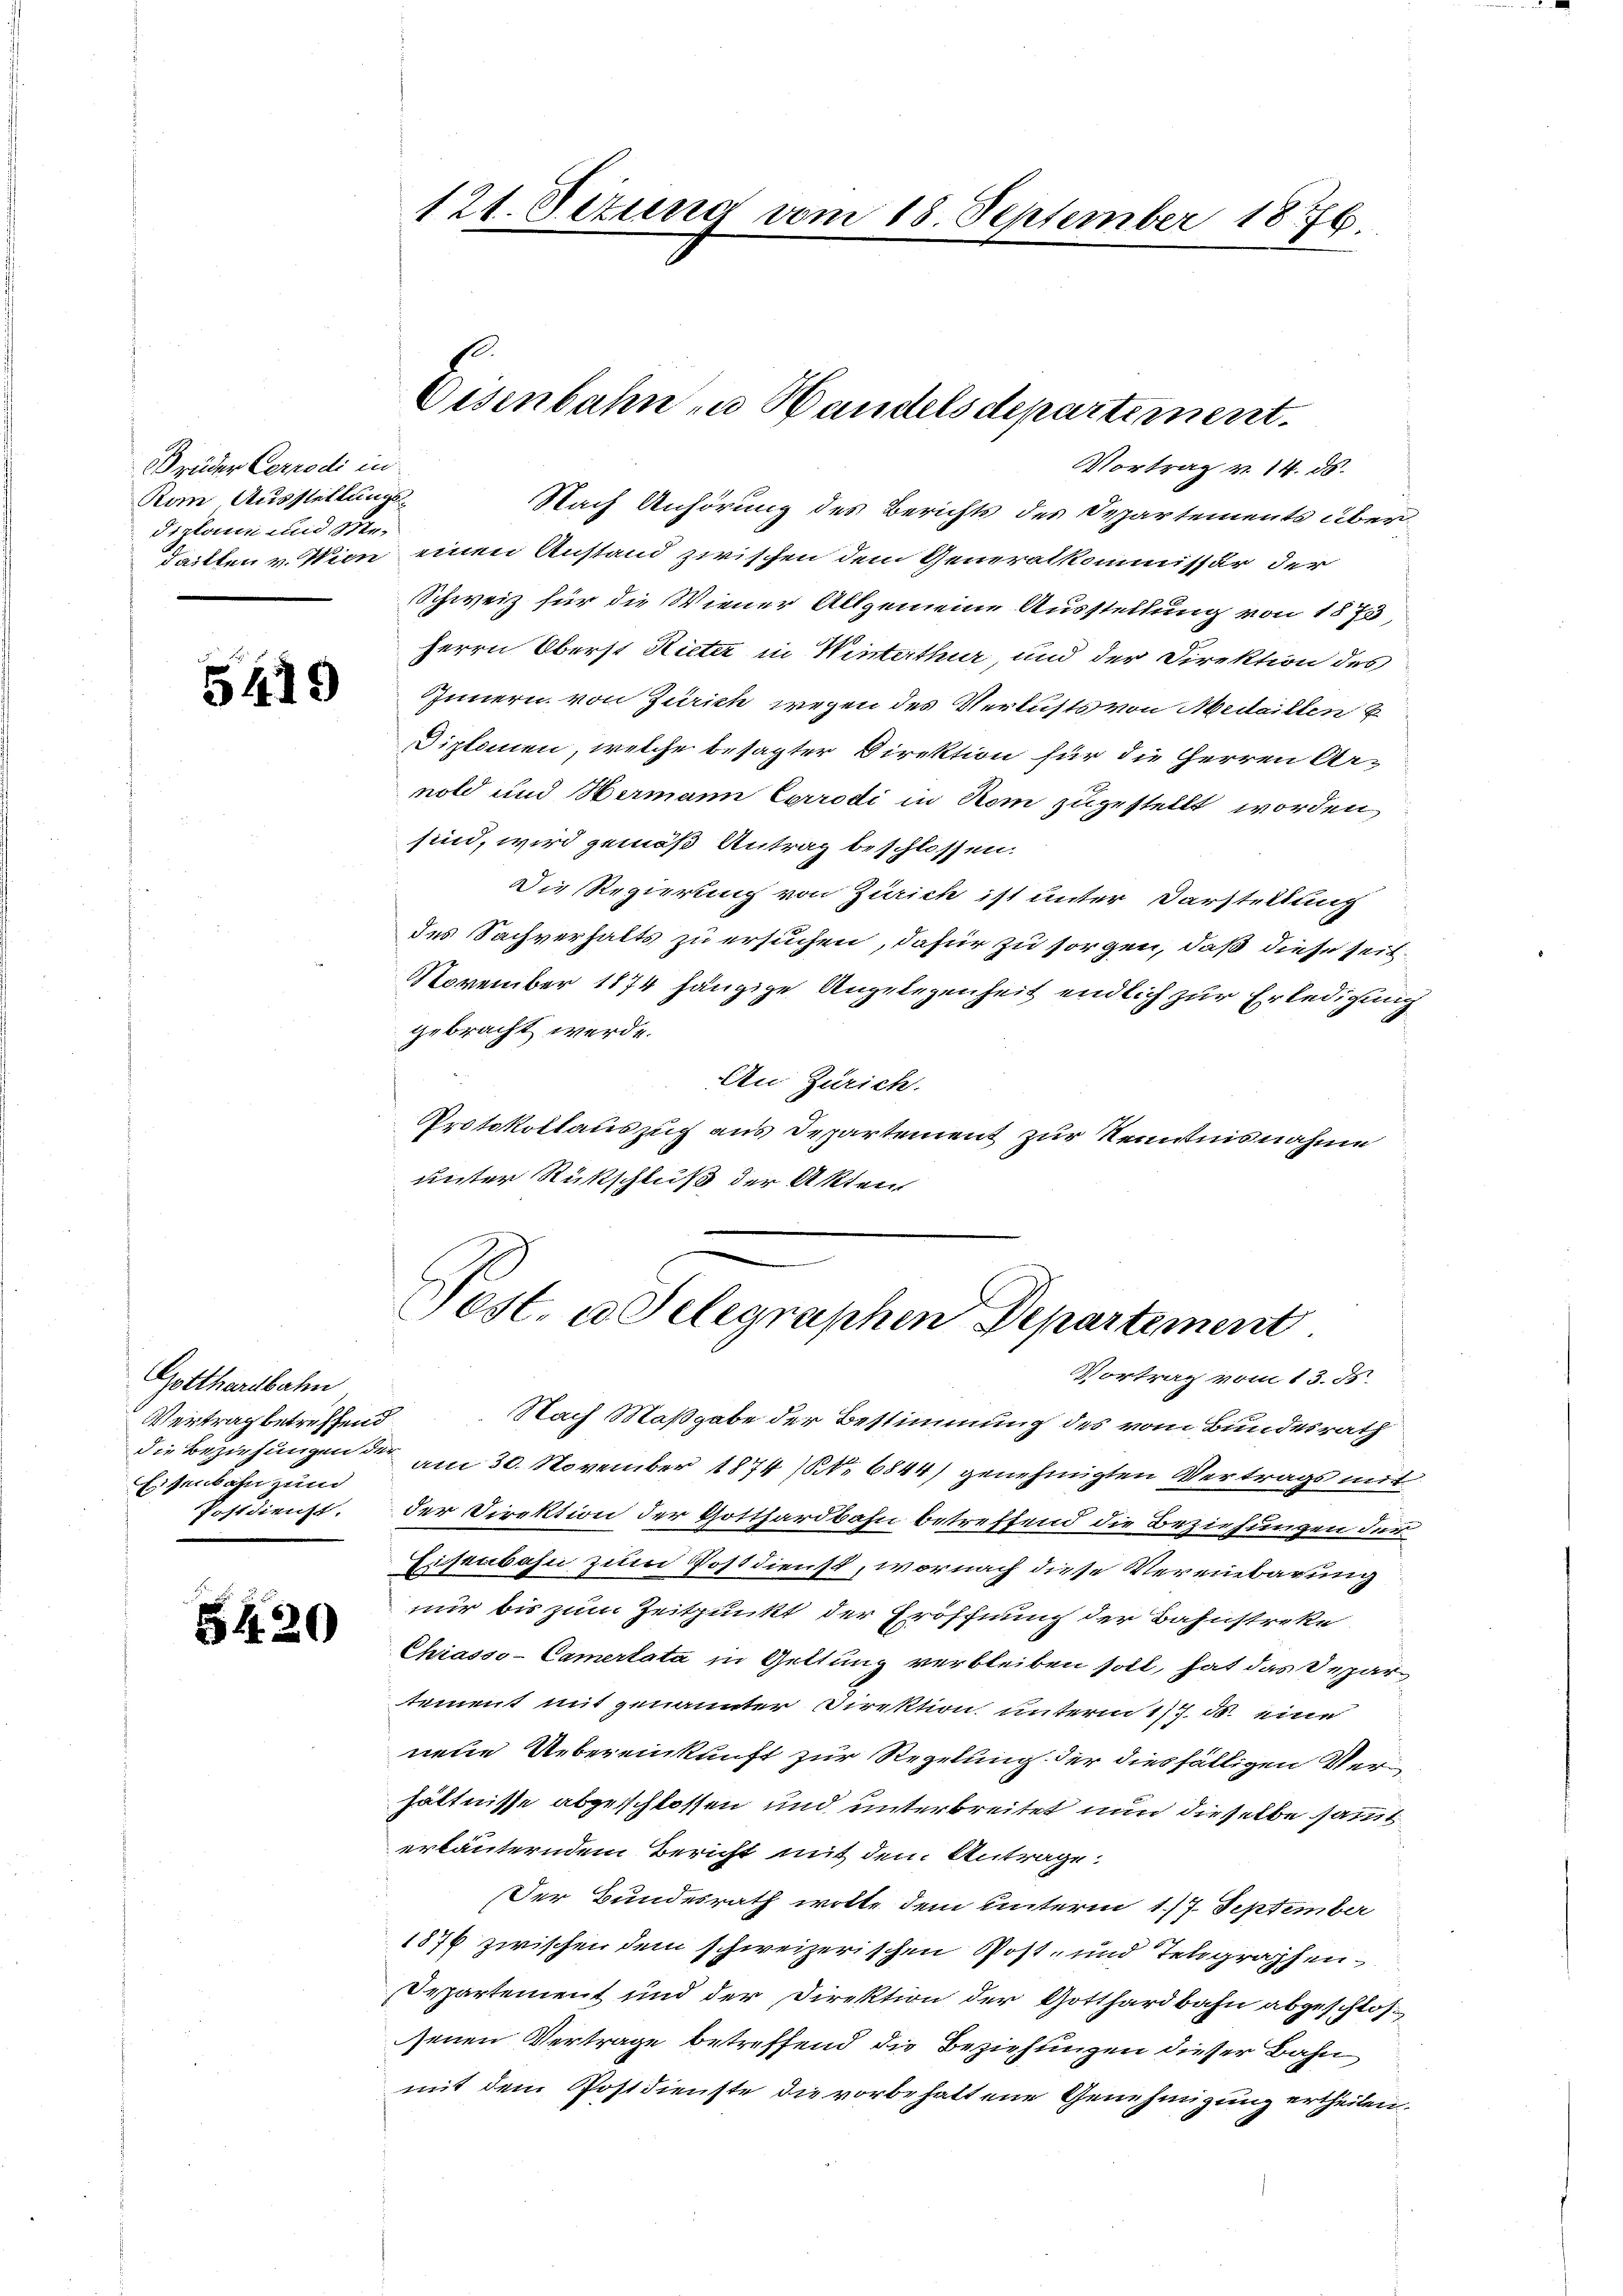
Brüder Corrodi in
Rom, Ausstellungsdiplane und Me¬

5419

Gotthardbahn
Vertrag betreffend
Eisenbahn zum

5420

Vortrag v. 14. ds.
Nach Anhörung des Berichts des Departements überdackten v. Wien einen Anstand zwischen dem Generalkommissär der
Schweiz für die Wiener Allgemeine Ausstellung von 1873,
Herrn Oberst Rieter in Winterthur, und der Direktion des
Innern von Zürich wegen des Verlusts von Medaillen u
Diplomen, welche besagter Direktion für die Herren Arnold und Hermann Corrodi in Rom zugestellt worden
sind, wird gemäß Antrag beschlossen.
Die Regierung von Zürich ist unter Darstellung
des Sachverhalts zu ersuchen, dafür zu sorgen, daß diese seit¬
November 1874 hängige Angelegenheit endlich zur Erledigung
gebracht werde.
An Zürich.
Protokollauszug aus Departement zur Kenntnisnahme
unter Rückschluß der Akten

121. Setung vom 18. September 1876.

Eisenbahn zu Handelsdepartement.

Pest. u Selegraphen Departement
Vortrag vom 13. 35.

Nach Maßgabe der Bestimmung des vom Bundesrath
die Beziehungen der am 30. November 1874 (NNo. 6844) genehmigten Vertrags mit
Postdienst. Der Direktion der Gotthardbahn betreffend die Beziehungen dür
Eisenbahn zum Postdienst, wornach diese Vereinbarung
nur bis zum Zeitpunkt der Eröffnung der Bahnstreke
Chiasso-Camerlata in Geltung verbleiben soll, hat das Departement mit genannter Direktion unterm 17. ds. eine
nene Uebereinkunft zur Regelung der diesfälligen Verhältnisse abgeschlossen und unterbreitet nun dieselbe sammt
erläuterndem Bericht mit dem Antrage:
Der Bundesrath wolle dem unterm 1./7. September
1876 zwischen dem schweizerischen Post- und Telegraphen¬
Separtement und der Direktion der Gotthardbahn abgeschlos
senen Vertrage betreffend die Beziehungen dieser Bahn
mit dem Postdienste die vorbehaltene Genehmigung ertheilen.